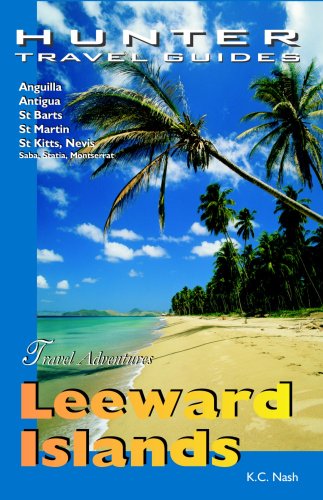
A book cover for Leeward Islands Adventure Guide: Anguilla, Antigua, St. Barts, St. Kitts & St. Martin (Adventure Guides); KC Nash; Travel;